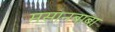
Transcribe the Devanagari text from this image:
मसानबाबा